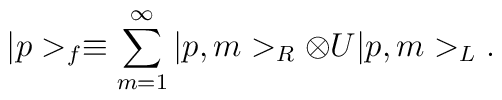
|p>_f \equiv\sum_{m=1}^{\infty}|p,m>_R\otimes U|p,m>_L.